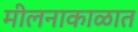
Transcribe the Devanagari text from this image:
मीलनाकाळात